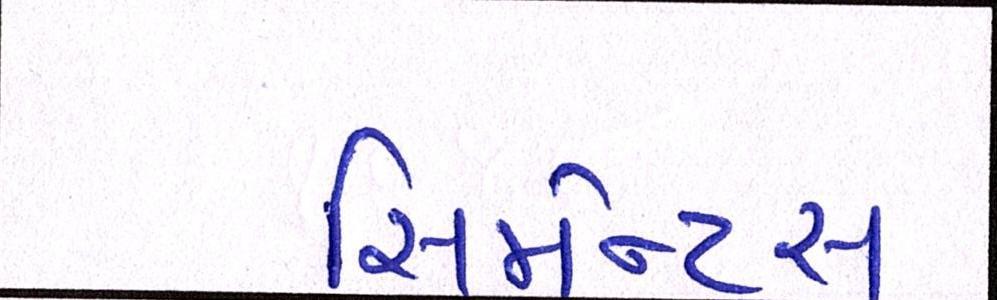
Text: સિમેન્ટ્સ